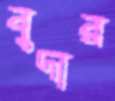
বুদার